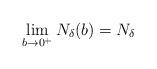
LaTeX: \begin{align*}\lim_{b \to 0^+} N_\delta(b) = N_\delta \end{align*}